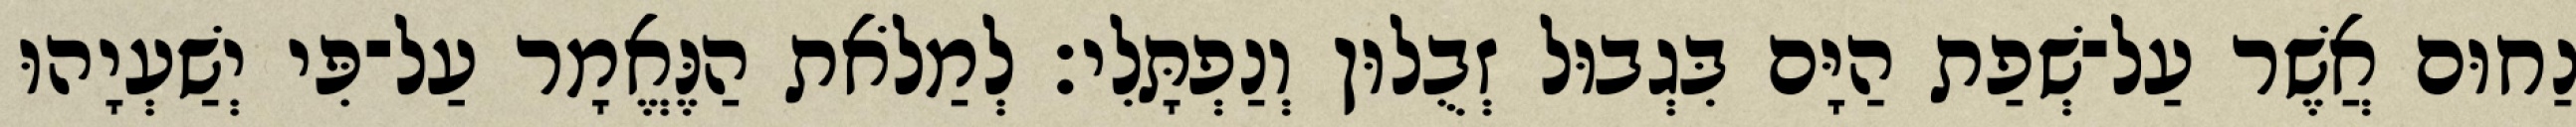
נַחוּם אֲשֶׁר עַל־שְׁפַת הַיָּם בִּגְבוּל זְבֻלוּן וְנַפְתָּלִי׃ לְמַלֹאת הַנֶּאֱמָר עַל־פִּי יְשַׁעְיָהוּ